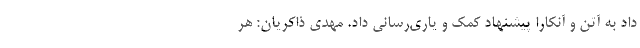
داد به آتن و آنکارا پیشنهاد کمک و یاری‌رسانی داد. مهدی ذاکریان: هر